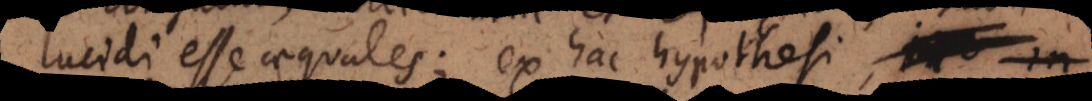
lucidi esse aequales; ex hac hypothesi